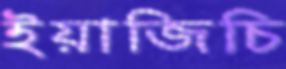
ইয়াজিচি